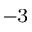
^ { - 3 }